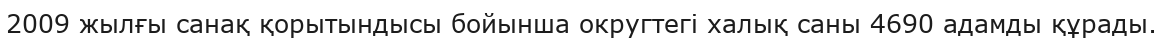
2009 жылғы санақ қорытындысы бойынша округтегі халық саны 4690 адамды құрады.